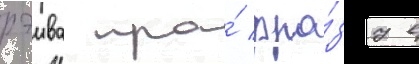
рэива про́ фра́зу в